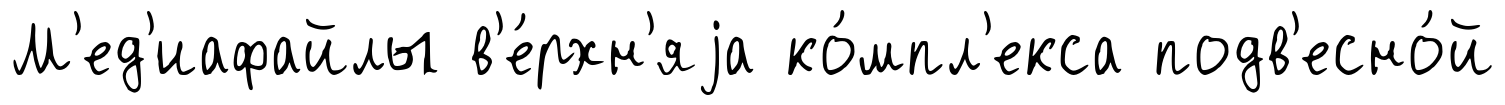
М'ед'иафайлы в'е́рхн'яjа ко́мпл'екса подв'есно́й